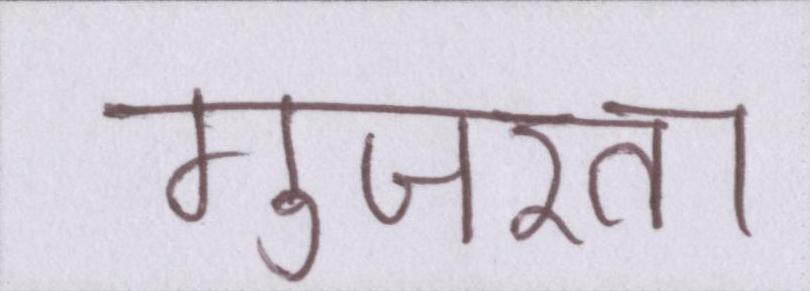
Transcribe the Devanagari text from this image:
गुजरता